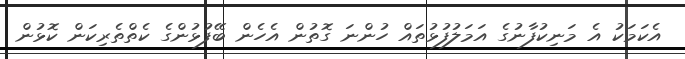
އެކަމަކު އެ މަނިކުފާނުގެ އަމަލުފުޅުތައް ހުންނަ ގޮތުން އެހެން ބޭފުޅުންގެ ކެތްތެރިކަން ކޮޅުން